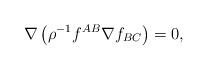
LaTeX: \begin{align*}\nabla \left(\rho^{-1}f^{AB}\nabla f_{BC}\right)=0,\end{align*}